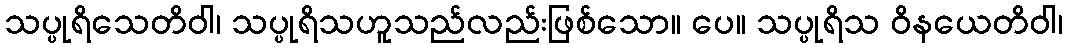
သပ္ပုရိသေတိဝါ၊ သပ္ပုရိသဟူသည်လည်းဖြစ်သော။ ပေ။ သပ္ပုရိသ ဝိနယေတိဝါ၊